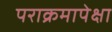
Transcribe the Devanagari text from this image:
पराक्रमापेक्षा